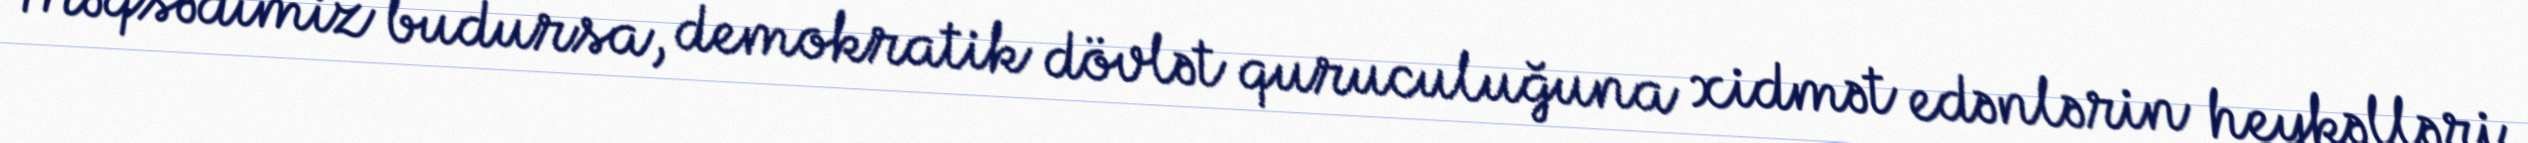
Məqsədimiz budursa, demokratik dövlət quruculuğuna xidmət edənlərin heykəlləri,